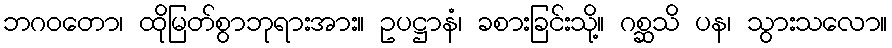
ဘဂဝတော၊ ထိုမြတ်စွာဘုရားအား။ ဥပဋ္ဌာနံ၊ ခစားခြင်းသို့။ ဂစ္ဆသိ ပန၊ သွားသလော။